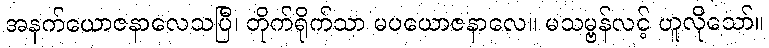
အနက်ယောဇနာလေသပြီ၊ တိုက်ရိုက်သာ မပယောဇနာလေ။ မသမ္ဗန်လင့် ဟူလိုသော်။